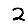
Digit: 2